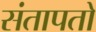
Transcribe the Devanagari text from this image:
संतापतो